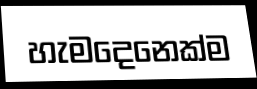
හැමදෙනෙක්ම